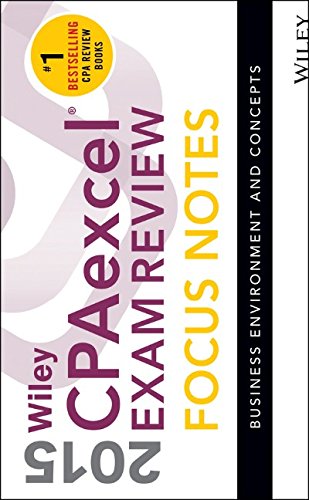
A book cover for Wiley CPAexcel Exam Review 2015 Focus Notes: Business Environment and Concepts; Wiley; Test Preparation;